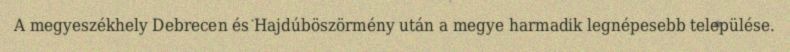
A megyeszékhely Debrecen és Hajdúböszörmény után a megye harmadik legnépesebb települése.